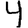
Digit: 4